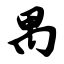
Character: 禺